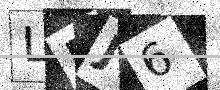
Text: L5J6